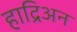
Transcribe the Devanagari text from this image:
हाद्रिअन